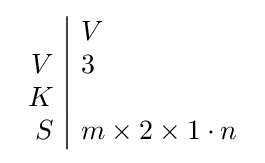
{\begin{array}{r|l}&V\\V&3\\K&\\S&m\times 2\times 1\cdot n\end{array}}